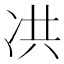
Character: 㓋